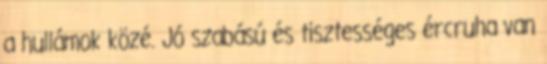
a hullámok közé. Jó szabású és tisztességes ércruha van